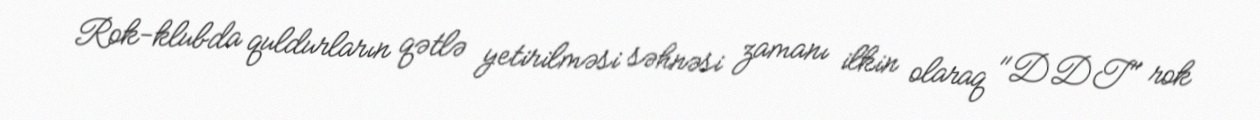
Rok-klubda quldurların qətlə yetirilməsi səhnəsi zamanı ilkin olaraq "DDT" rok